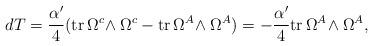
LaTeX: \begin{align*}dT=\frac{\alpha'}{4} ({\rm tr}\,\Omega^{c}\!\wedge\Omega^{c}-{\rm tr}\,\Omega^{A}\!\wedge\Omega^{A})=-\frac{\alpha'}{4} {\rm tr}\,\Omega^{A}\!\wedge\Omega^{A},\end{align*}